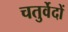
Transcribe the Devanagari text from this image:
चतुर्वेदों